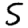
Digit: 5